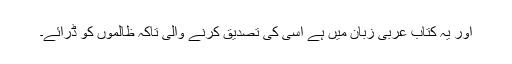
اور یہ کتاب عربی زبان میں ہے اسی کی تصدیق کرنے والی تاکہ ظالموں کو ڈرائے۔